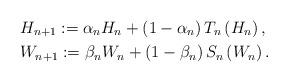
LaTeX: \begin{align*}&H_{n+1} := \alpha_n H_n + \left( 1 - \alpha_n \right) T_n \left(H_n \right),\\&W_{n+1} := \beta_n W_n + \left( 1 - \beta_n \right) S_n \left(W_n \right).\end{align*}